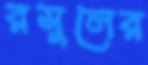
রসুলের